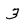
Character: 3